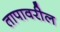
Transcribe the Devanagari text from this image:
तापावरील